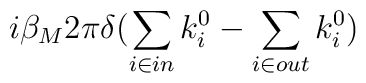
i\beta _{M}2\pi \delta (\sum _{i\in in}k_{i}^{0}-\sum _{i\in out}k_{i}^{0})